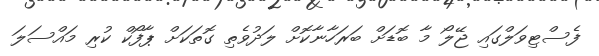
ފެސްޓިވަލްގައި ޖޭލޯ މާ ބޮޑަށް ބަރަހާނާކޮށް ލަދުވެތި ގޮތަކަށް ޕާފޯކް ކުރި މައްސަލަ